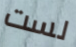
لست